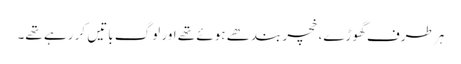
ہر طرف گھوڑے، خچر بندھے ہوئے تھے اور لوگ باتیں کر رہے تھے۔